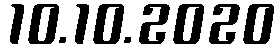
10.10.2020